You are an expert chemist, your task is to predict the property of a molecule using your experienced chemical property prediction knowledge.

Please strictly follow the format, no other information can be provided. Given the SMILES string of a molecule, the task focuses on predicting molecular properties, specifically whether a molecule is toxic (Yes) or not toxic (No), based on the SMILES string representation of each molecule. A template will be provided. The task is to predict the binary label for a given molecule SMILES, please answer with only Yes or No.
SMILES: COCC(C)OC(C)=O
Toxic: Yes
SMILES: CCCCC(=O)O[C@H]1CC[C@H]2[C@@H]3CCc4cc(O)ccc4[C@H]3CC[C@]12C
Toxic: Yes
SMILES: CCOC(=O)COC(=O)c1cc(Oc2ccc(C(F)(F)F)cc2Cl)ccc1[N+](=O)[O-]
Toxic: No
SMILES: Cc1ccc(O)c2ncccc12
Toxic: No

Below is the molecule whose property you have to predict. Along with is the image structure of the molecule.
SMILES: CN(C)C/C=C(/c1ccc(Br)cc1)c1cccnc1
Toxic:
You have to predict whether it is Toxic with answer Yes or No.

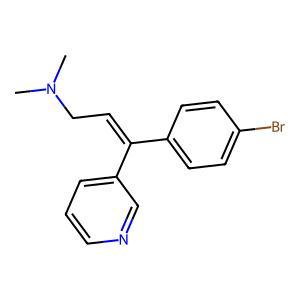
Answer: No